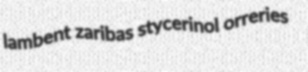
lambent zaribas stycerinol orreries